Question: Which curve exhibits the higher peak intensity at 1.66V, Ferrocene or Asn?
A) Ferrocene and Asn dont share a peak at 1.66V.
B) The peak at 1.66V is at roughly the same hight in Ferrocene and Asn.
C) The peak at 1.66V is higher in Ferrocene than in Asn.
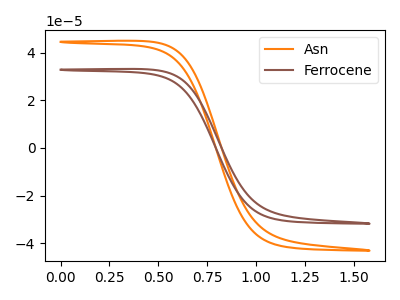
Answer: <think>The orange curve "Asn" has no peaks. The brown curve "Ferrocene" has no peaks.</think>
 <answer>A) "Ferrocene" and "Asn" dont share a peak at 1.66V.</answer>
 <eval>A</eval>